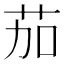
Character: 茄